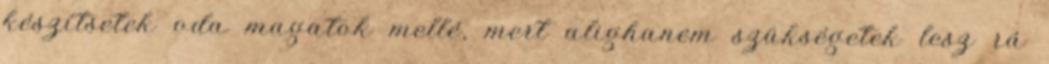
készítsetek oda magatok mellé, mert alighanem szükségetek lesz rá